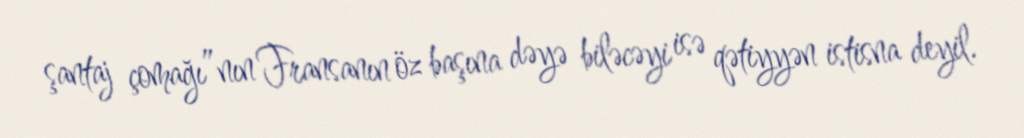
şantaj çomağı”nın Fransanın öz başına dəyə biləcəyi isə qətiyyən istisna deyil.